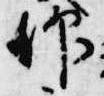
仰